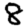
Digit: 8